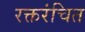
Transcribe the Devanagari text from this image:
रक्तरंचित